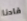
قادنا